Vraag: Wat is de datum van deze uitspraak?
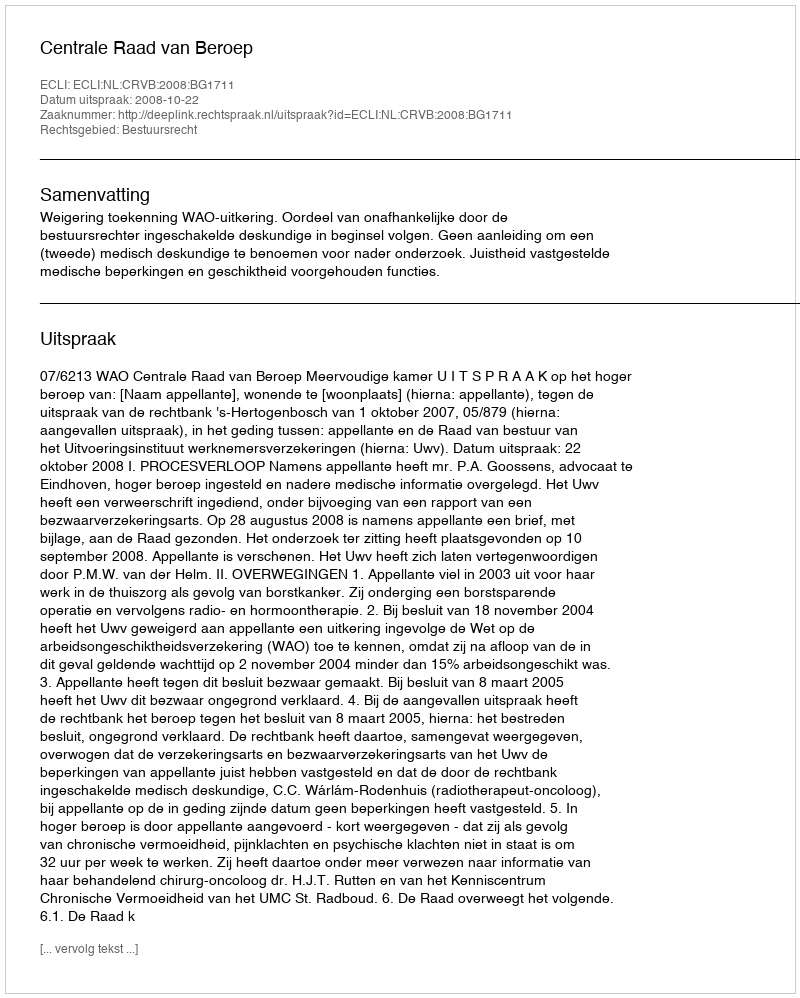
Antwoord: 2008-10-22